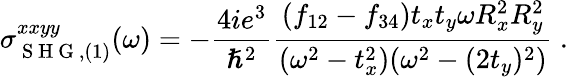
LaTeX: \sigma_{\mathrm{~S~H~G~},(1)}^{xxyy}(\omega)=-\frac{4ie^{3}}{\hslash^{2}}\frac{(f_{12}-f_{34})t_{x}t_{y}\omega R_{x}^{2}R_{y}^{2}}{(\omega^{2}-t_{x}^{2})(\omega^{2}-(2t_{y})^{2})}\mathrm{~.~}